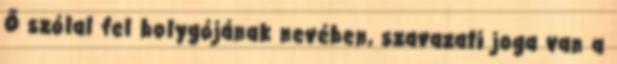
Ő szólal fel bolygójának nevében, szavazati joga van a